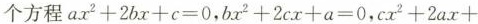
个方程$$a x^{2} + 2 b x + c = 0$$，$$b x^{2} + 2 c x + a = 0$$，$$c x^{2} + 2 a x +$$